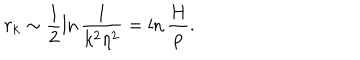
LaTeX: r _ { k } \sim \frac { 1 } { 2 } \ln \frac { 1 } { k ^ { 2 } \eta ^ { 2 } } = \ln \frac { H } { p } .